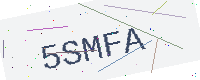
Text: 5SMFA